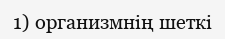
1) организмнің шеткі